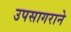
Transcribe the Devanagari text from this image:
उपसागराने